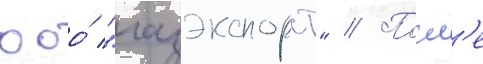
ооо́ "газэкспорт" // Посл'е